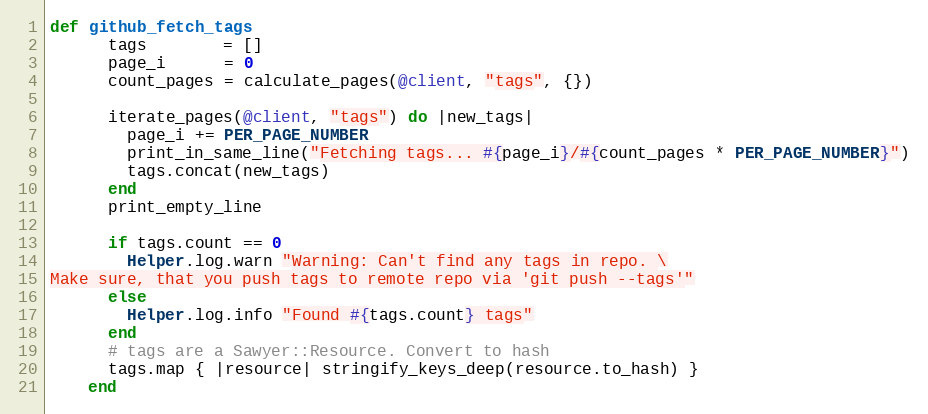
Language: Ruby
def github_fetch_tags
      tags        = []
      page_i      = 0
      count_pages = calculate_pages(@client, "tags", {})

      iterate_pages(@client, "tags") do |new_tags|
        page_i += PER_PAGE_NUMBER
        print_in_same_line("Fetching tags... #{page_i}/#{count_pages * PER_PAGE_NUMBER}")
        tags.concat(new_tags)
      end
      print_empty_line

      if tags.count == 0
        Helper.log.warn "Warning: Can't find any tags in repo. \
Make sure, that you push tags to remote repo via 'git push --tags'"
      else
        Helper.log.info "Found #{tags.count} tags"
      end
      # tags are a Sawyer::Resource. Convert to hash
      tags.map { |resource| stringify_keys_deep(resource.to_hash) }
    end